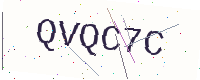
Text: QVQC7C